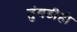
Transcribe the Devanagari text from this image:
तुंबडीही